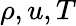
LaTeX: \rho,u,T